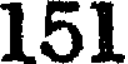
151